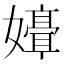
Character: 𫲒